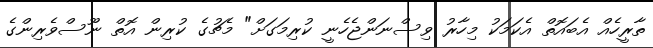
ތާރީހެއް އެބައޮތް އެކަމަކު މިހާރު ވިސްނަންޖެހެނީ ކުރިމަގަށް" މެޗުގެ ކުރިން އޮތް ނޫސްވެރިންގެ